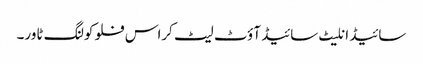
سائیڈ انلیٹ سائیڈ آؤٹ لیٹ کراس فلو کولنگ ٹاور۔